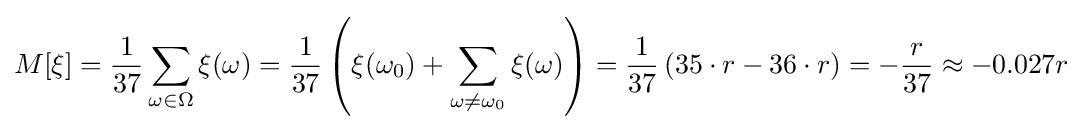
M[\xi ]={\frac {1}{37}}\sum _{\omega \in \Omega }\xi (\omega )={\frac {1}{37}}\left(\xi (\omega _{0})+\sum _{\omega \neq \omega _{0}}\xi (\omega )\right)={\frac {1}{37}}\left(35\cdot r-36\cdot r\right)=-{\frac {r}{37}}\approx -0.027r